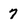
Character: 7